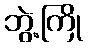
ဘွဲ့ကြို